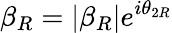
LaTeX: \beta_{R}=|\beta_{R}|e^{i\theta_{2R}}